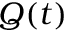
Q ( t )